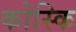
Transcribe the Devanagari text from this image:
कोस्कि